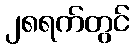
၂၈ရက်တွင်